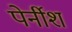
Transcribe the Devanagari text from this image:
पेर्नीश